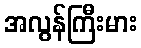
အလွန်ကြီးမား